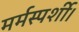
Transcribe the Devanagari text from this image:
मर्मस्पर्शी।